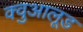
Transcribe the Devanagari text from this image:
क्वुआलूड